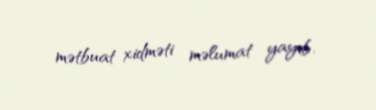
mətbuat xidməti məlumat yayıb.